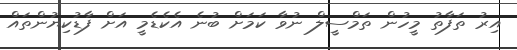
އިރު ތަފާތު މީހުން ތަމްސީލް ނުވާ ކަމަށް ބުނެ އެކެޑެމީ އަށް ފާޑުކިޔުންތައް